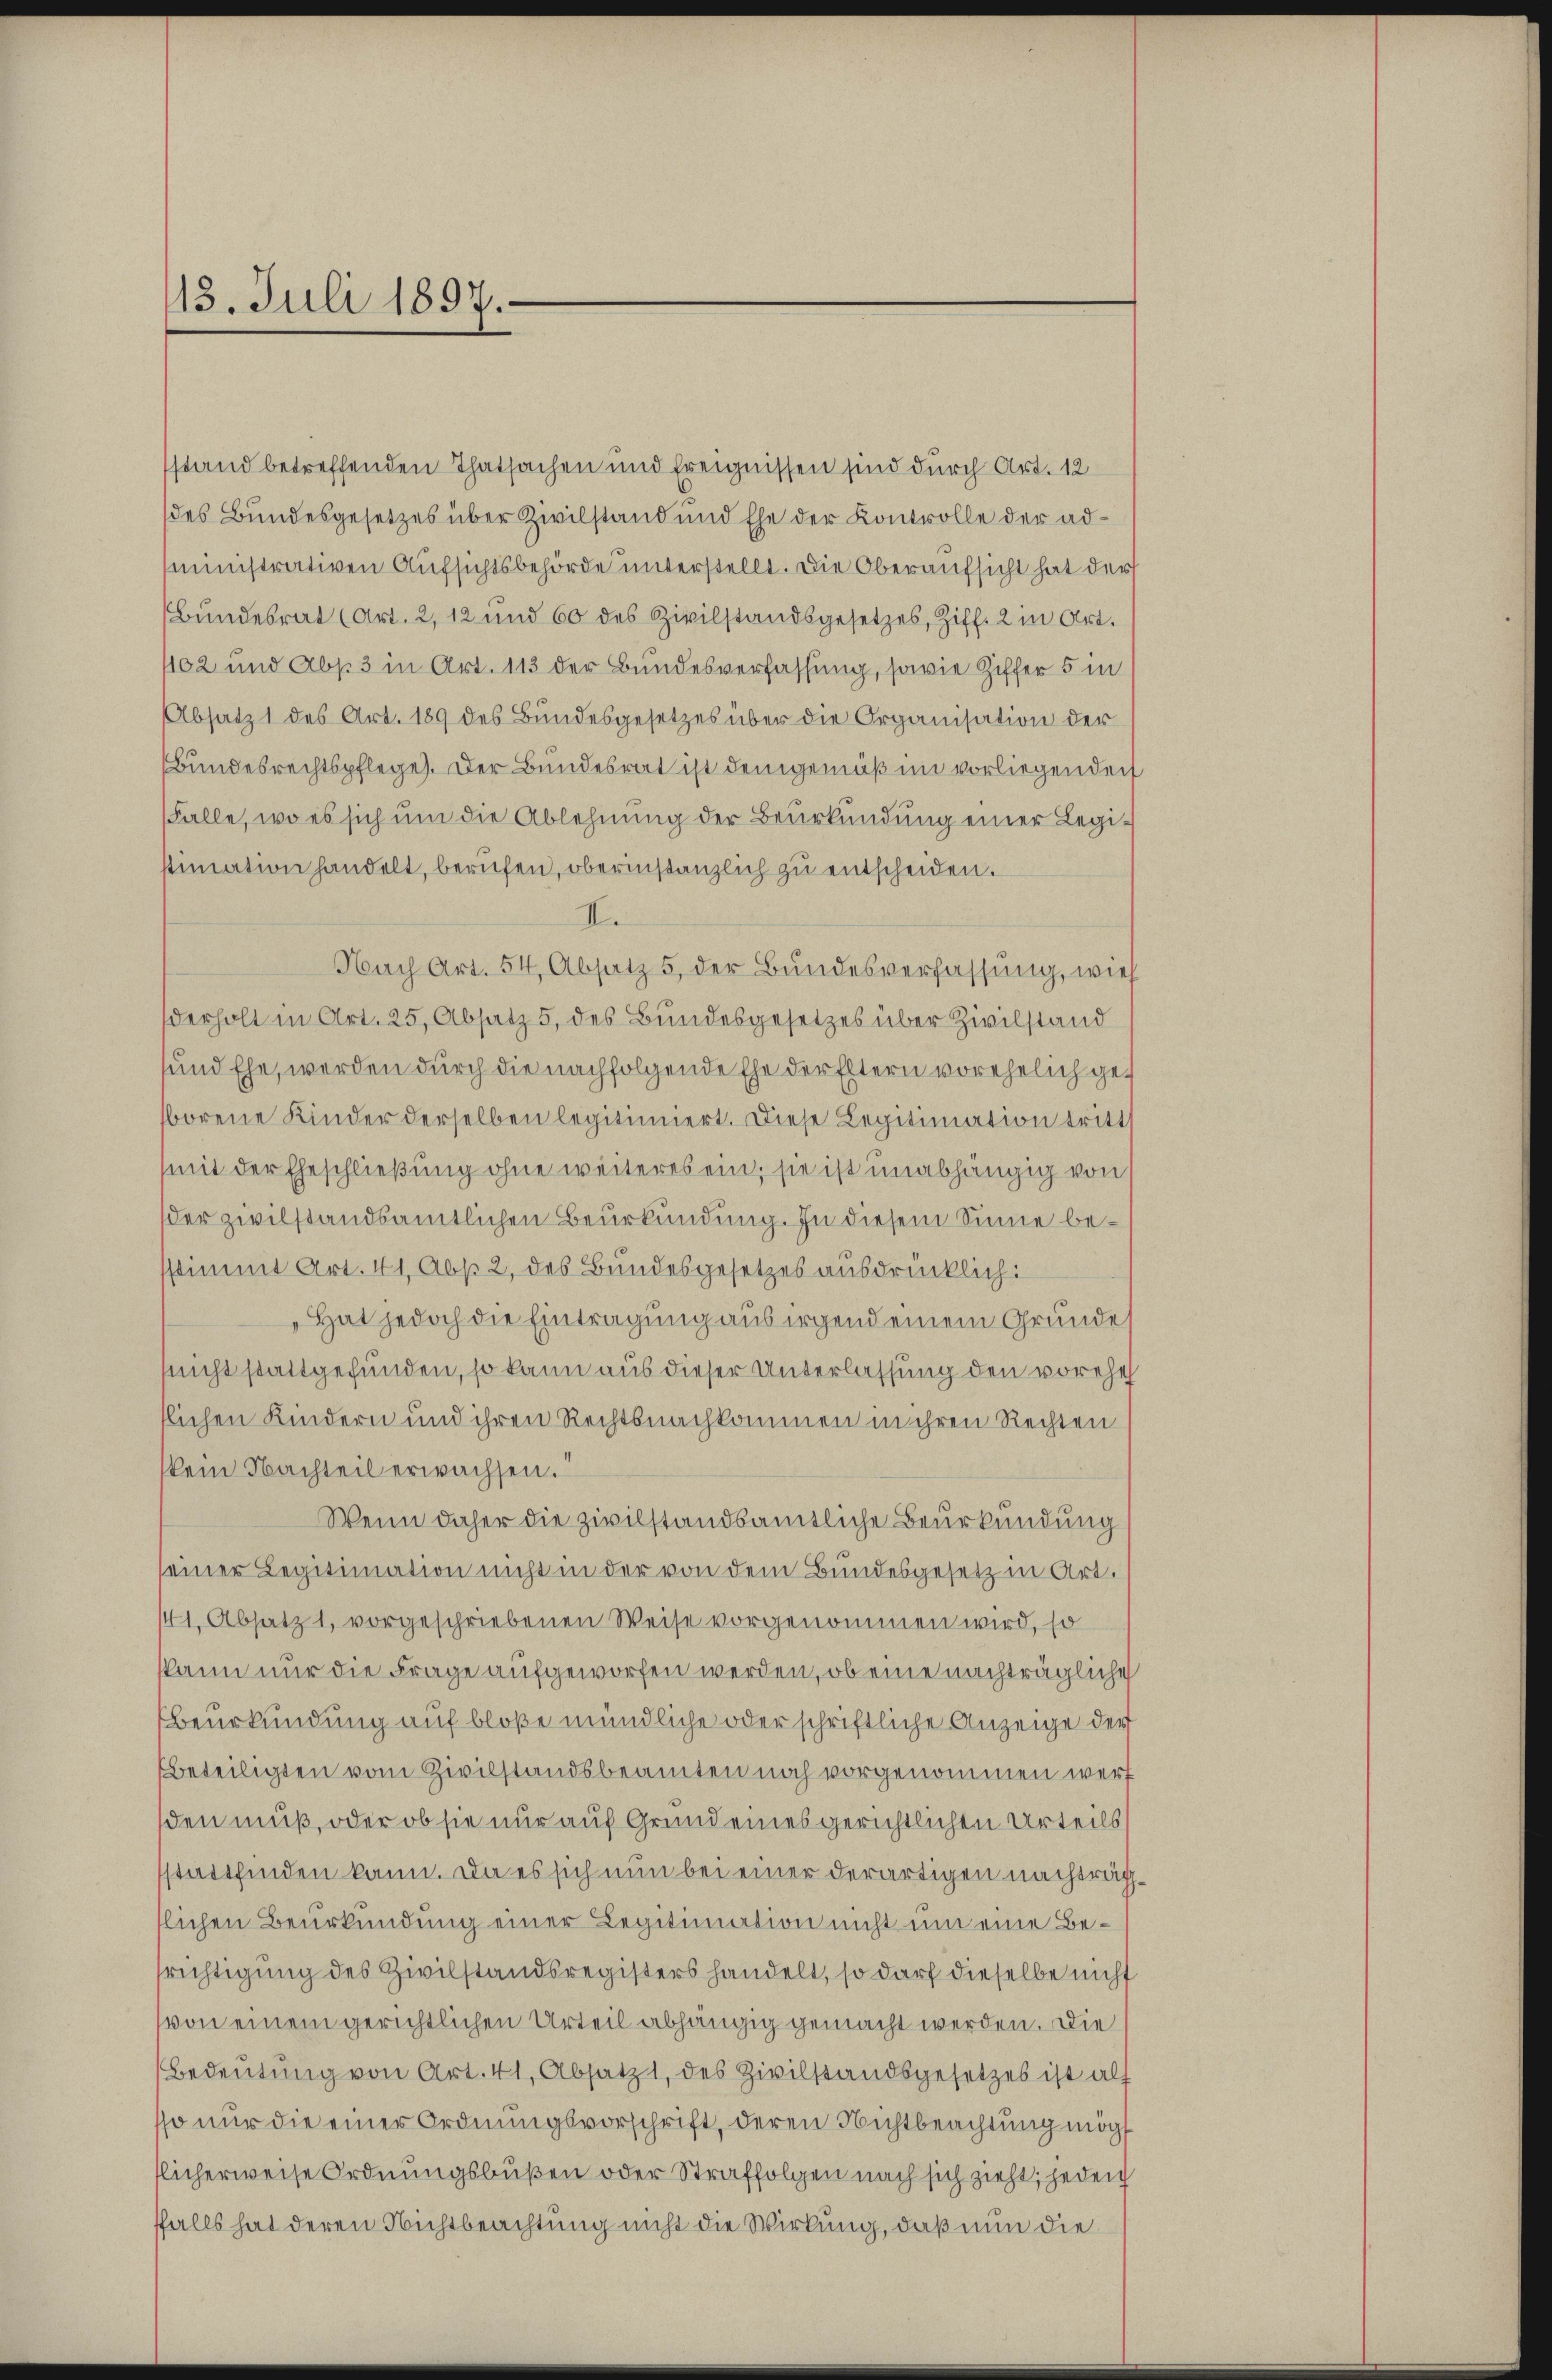
13. Juli 1897.

stand betreffenden Thatsachen und Ereignissen sind durch Art. 12
des Bundesgesetzes über Zivilstand und Ehe der Kontrolle der administrativen Aufsichtsbehörde unterstellt. Die Oberaufsicht hat der
Bundesrat (Art. 2, 12 und 60 des Zivilstandsgesetzes, Ziff. 2 in Art.
402 und Abs. 3 in Art. 113 der Bundesverfassung, sowie Ziffer 5 in
Absatz 1 des Art. 189 des Bundesgesetzes über die Organisation der
Bundesrechtspflege). Der Bundesrat ist demgemäß im vorliegenden
Falle, wo es sich um die Ablehnung der Beurkundung einer Legistimation handelt, berufen, oberinstanzlich zu entscheiden.
I.
Nach Art. 54, Absatz 5 der Bundesverfassung, wies
derholt in Art. 25, Absatz 5, des Bundesgesetzes über Zivilstand
und Ehe, werden durch die nachfolgende Ehe der Eltern vorehelich geborene Kinder derselben legitimiert. Diese Legitimation tritt
mit der Eheschließung ohne weiteres ein, sie ist unabhängig von s
der zivilstandsamtlichen Beurkundung. In diesem Sinne besstimmt Art. 41, Abs. 2, des Bundesgesetzes ausdrücklich:
Hat jedoch die Eintragung aus irgend einem Grunde
nicht stattgefunden, so kann aus dieser Unterlassung den vorehel
tlichen Kindern und ihren Rechtsnachkommen in ihren Rechten
kein Nachteil erwachsen.
Wenn daher die zivilstandsamtliche Beurkundung
seiner Legitimation nicht in der von dem Bundesgesetz in Art.
11. Absatz 1, vorgeschriebenen Weise vorgenommen wird, so
skann nur die Frage aufgeworfen werden, ob eine nachträgliche
Beurkundung auf bloße mündliche oder schriftliche Anzeige der
beteiligten vom Zivilstandsbeamten noch vorgenommen werf
sden muß, oder ob sie nur auf Grund eines gerichtlichen Urteils
stattfinden kann. Da es sich nun bei einer derartigen nachträgslichen Beurkundung einer Legitimation nicht um eine Besrichtigung des Zivilstandsregisters handelt, so darf dieselbe nicht
von einem gerichtlichen Urteil abhängig gemacht werden. Die
Bedeutung von Art. 41, Absatz 1 des Zivilstandsgesetzes ist als
sso nur die einer Ordnungsvorschrift, deren Nichtbeachtung mögt
flicherweise Ordnungsbußen oder Straffolgen nach sich zieht, jeden
ffalls hat deren Nichtbeachtung nicht die Wirkung, daß nun die